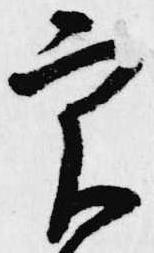
実